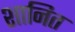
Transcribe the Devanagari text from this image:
शानित